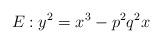
LaTeX: \begin{align*}E: y^2=x^3 - p^2q^2 x\end{align*}